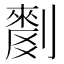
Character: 𱐥